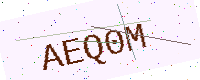
Text: AEQ0M